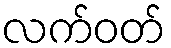
လက်ဝတ်